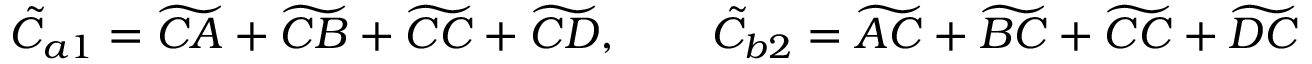
\tilde { C } _ { a 1 } = \widetilde { C A } + \widetilde { C B } + \widetilde { C C } + \widetilde { C D } , \qquad \tilde { C } _ { b 2 } = \widetilde { A C } + \widetilde { B C } + \widetilde { C C } + \widetilde { D C }